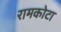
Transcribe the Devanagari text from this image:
रामकोटा